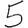
Digit: 5